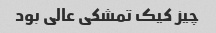
چیز کیک تمشکی عالی بود